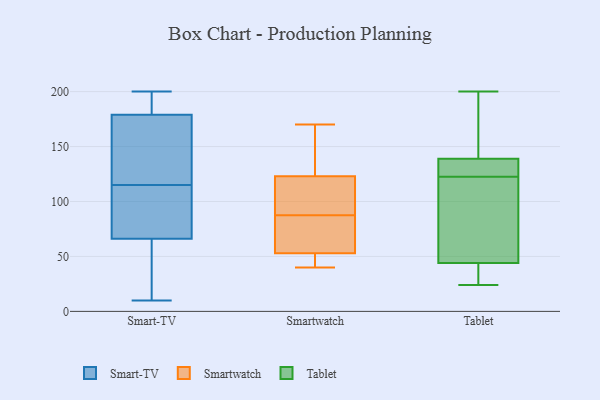
{"axis": {"x": "Tickets Resolved", "y": "Value"}, "legend": ["Smart-TV", "Smartwatch", "Tablet"], "data": [{"x": "", "y": 155, "type": "Smart-TV"}, {"x": "", "y": 132, "type": "Smart-TV"}, {"x": "", "y": 200, "type": "Smart-TV"}, {"x": "", "y": 39, "type": "Smart-TV"}, {"x": "", "y": 67, "type": "Smart-TV"}, {"x": "", "y": 172, "type": "Smart-TV"}, {"x": "", "y": 98, "type": "Smart-TV"}, {"x": "", "y": 193, "type": "Smart-TV"}, {"x": "", "y": 68, "type": "Smart-TV"}, {"x": "", "y": 65, "type": "Smart-TV"}, {"x": "", "y": 186, "type": "Smart-TV"}, {"x": "", "y": 10, "type": "Smart-TV"}, {"x": "", "y": 170, "type": "Smartwatch"}, {"x": "", "y": 71, "type": "Smartwatch"}, {"x": "", "y": 123, "type": "Smartwatch"}, {"x": "", "y": 63, "type": "Smartwatch"}, {"x": "", "y": 117, "type": "Smartwatch"}, {"x": "", "y": 160, "type": "Smartwatch"}, {"x": "", "y": 44, "type": "Smartwatch"}, {"x": "", "y": 104, "type": "Smartwatch"}, {"x": "", "y": 53, "type": "Smartwatch"}, {"x": "", "y": 40, "type": "Smartwatch"}, {"x": "", "y": 200, "type": "Tablet"}, {"x": "", "y": 118, "type": "Tablet"}, {"x": "", "y": 135, "type": "Tablet"}, {"x": "", "y": 125, "type": "Tablet"}, {"x": "", "y": 139, "type": "Tablet"}, {"x": "", "y": 24, "type": "Tablet"}, {"x": "", "y": 44, "type": "Tablet"}, {"x": "", "y": 153, "type": "Tablet"}, {"x": "", "y": 38, "type": "Tablet"}, {"x": "", "y": 120, "type": "Tablet"}]}